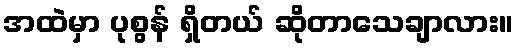
အထဲမှာ ပုစွန် ရှိတယ် ဆိုတာသေချာလား။